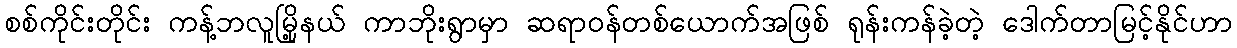
စစ်ကိုင်းတိုင်း ကန့်ဘလူမြို့နယ် ကာဘိုးရွာမှာ ဆရာဝန်တစ်ယောက်အဖြစ် ရုန်းကန်ခဲ့တဲ့ ဒေါက်တာမြင့်နိုင်ဟာ